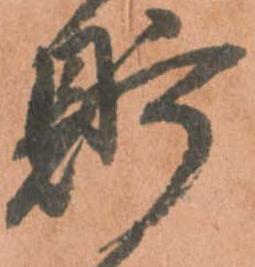
貯